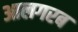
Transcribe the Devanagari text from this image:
आलगरब